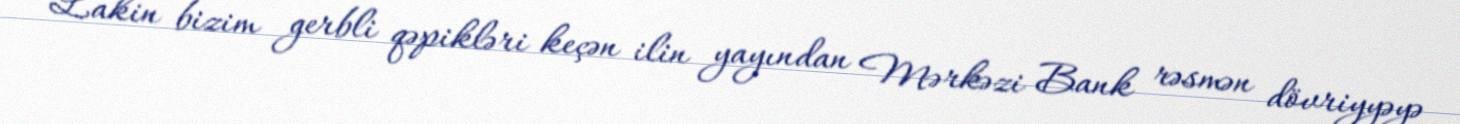
Lakin bizim gerbli qəpikləri keçən ilin yayından Mərkəzi Bank rəsmən dövriyyəyə